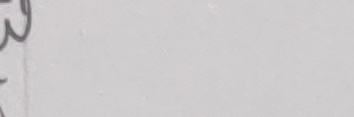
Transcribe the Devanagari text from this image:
३